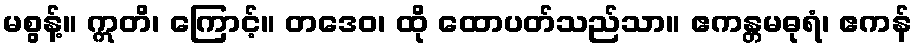
မစွန့်။ ဣတိ၊ ကြောင့်။ တဒေဝ၊ ထို ထောပတ်သည်သာ။ ဧကန္တမဓုရံ၊ ဧကန်